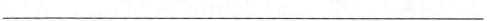
___